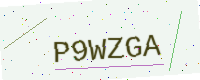
Text: P9WZGA